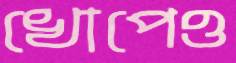
খোপেও